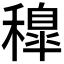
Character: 𥢐